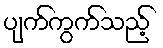
ပျက်ကွက်သည့်